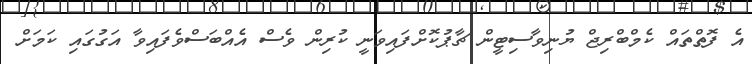
އެ ފޮތްތައް ކެމްބްރިޖް ޔުނިވާސިޓީން ޗާޕުކޮށްފައިވަނީ ކުރިން ވެސް އެއްބަސްވެފައިވާ އަގުގައި ކަމަށް